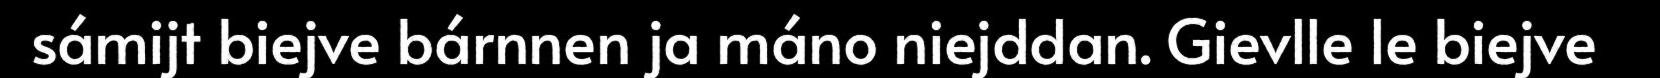
sámijt biejve bárnnen ja máno niejddan. Gievlle le biejve